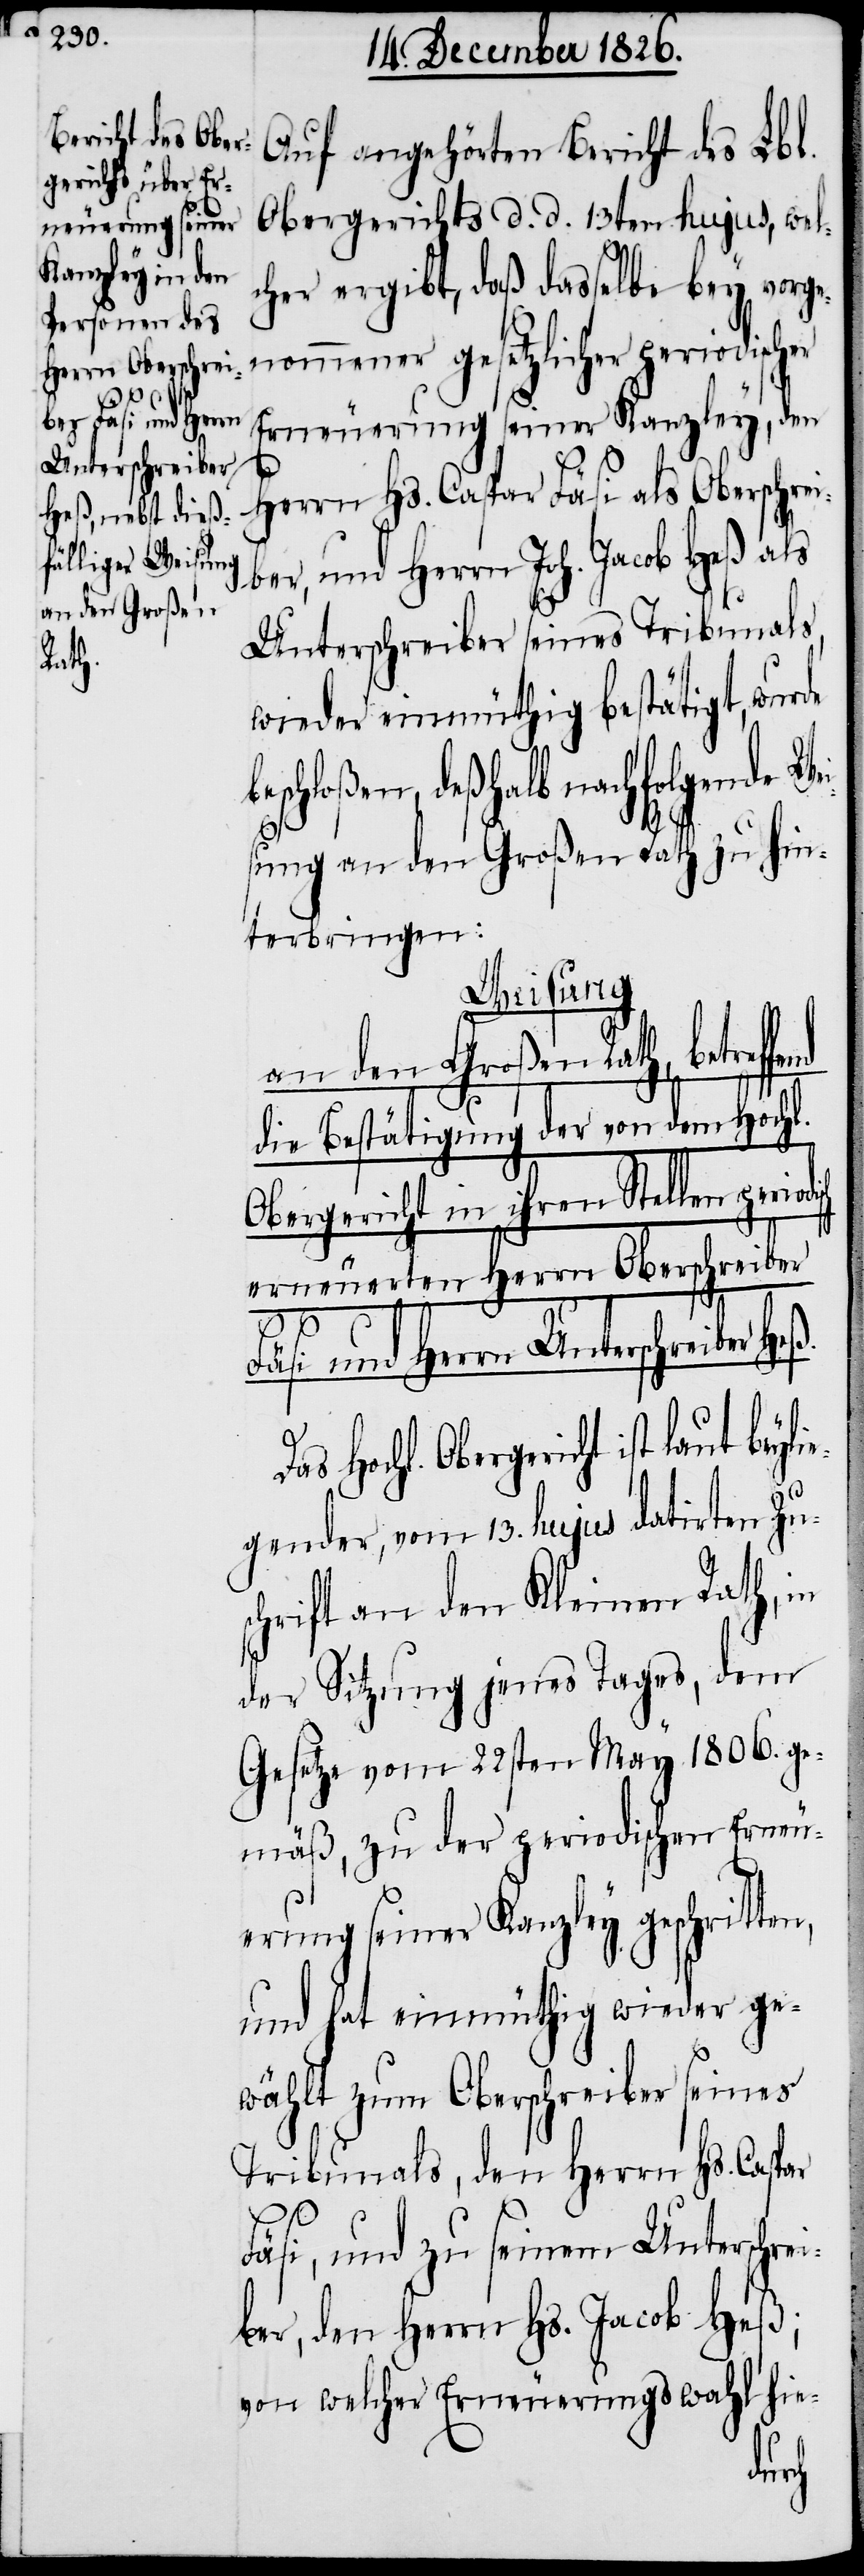
Auf angehörten Bericht des Lbl.
Obergerichts d. d. 13ten hujus, wel¬
cher ergibt, daß dasselbe bey vorge¬
nommener gesetzlicher perio¬
Erneuerung seiner Kanzley, den
s¬
Herrn Hs. Caspar Fäsi als Oberschrei¬
ber, und Herrn Joh. Jacob Heß als
Unterschreiber seines Tribunals,
wieder einmüthig bestätigt, wurde
eschloßen, deßhalb nachfolgende We¬
ung an den Großen Rath zu hin¬
terbringen:
Weisung
an den Großen Rath, betref¬
die Bestätigung der von dem Hochl.
Obergericht in ihren Stellen perio¬
erneuerten Herrn Oberschreiber
Fäsi und Herrn Unterschreiber Heß.
Hochl. Obergericht ist laut bey¬
gender, vom 13. hujus datirten Zu¬
chrift an den Kleinen Rath, in
der Sitzung jenes Tages, dem
Gesetze vom 22sten May 1806 ge¬
mäß, zu der periodischen Erneu¬
erung seiner Kanzley geschritten,
und hat einmüthig wieder ge¬
wählt zum Oberschreiber seines
Tribunals, den Herrn Hs. Caspar
Fäsi, und zu seinem Unterschrei¬
ber, den Herrn Hs. Jacob Heß;
von welcher Erneuerungswahl hie-
lie¬